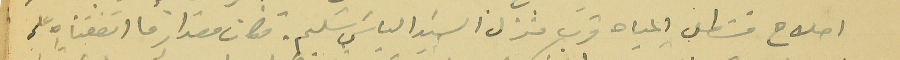
اصلاح قسَطل المياه قرب منزل السَيد الياسَ سَليم. فكان مقدار ما انفقناه على